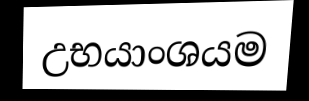
උභයාංශයම